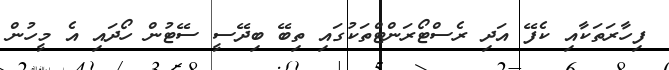
ފިހާރަތަކާއި ކެފޭ އަދި ރެސްޓޯރަންޓްތަކުގައި ތިބޭ ބިދޭސީ ސޭޓުން ހޯދައި އެ މީހުން